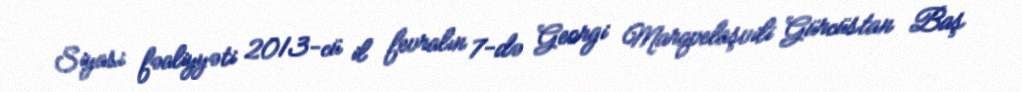
Siyasi fəaliyyəti 2013-cü il fevralın 7-də Georgi Marqvelaşvili Gürcüstan Baş